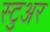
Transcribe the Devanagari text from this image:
स्टुअर